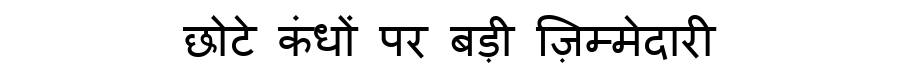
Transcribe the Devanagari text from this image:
छोटे कंधों पर बड़ी ज़िम्मेदारी